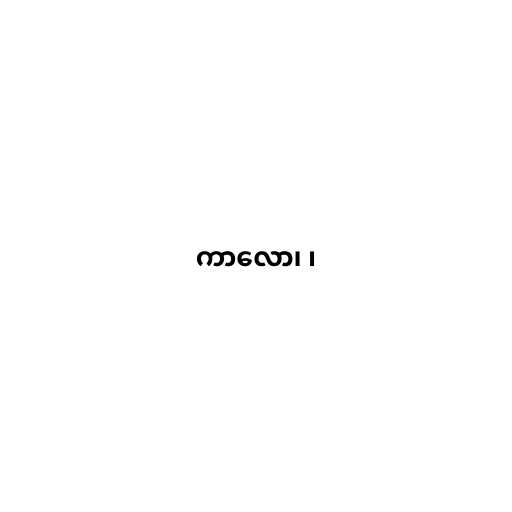
ကာလော၊ ၊